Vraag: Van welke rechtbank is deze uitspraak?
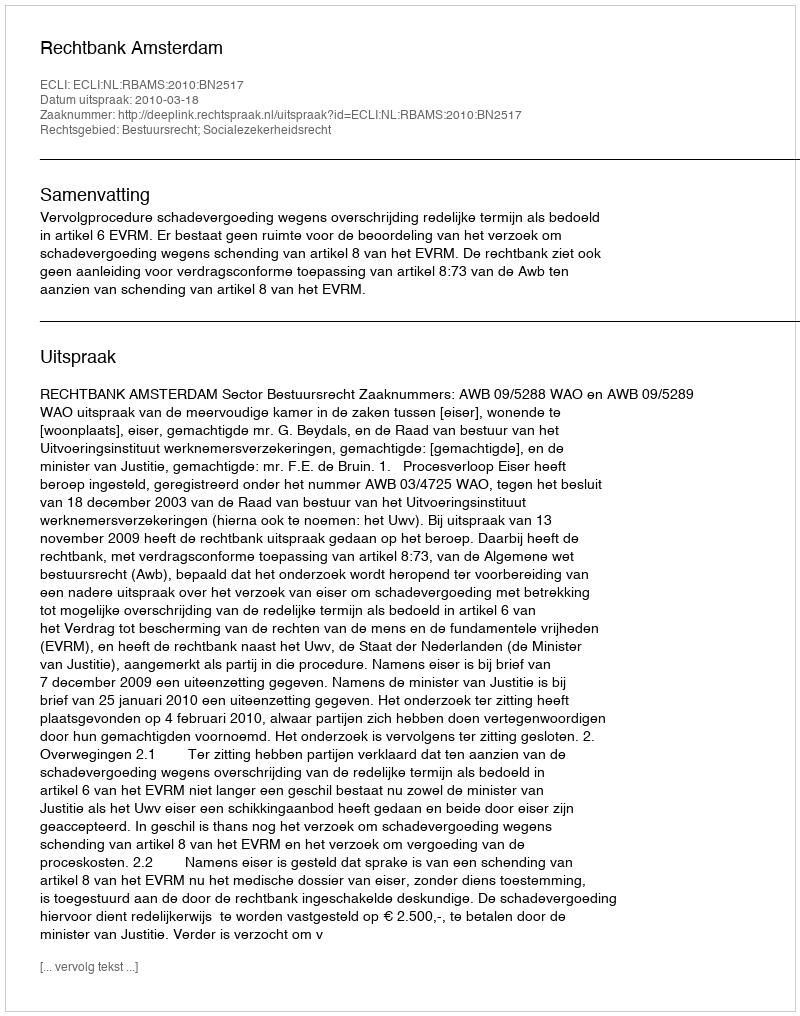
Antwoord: Rechtbank Amsterdam